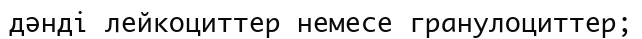
дәнді лейкоциттер немесе гранулоциттер;